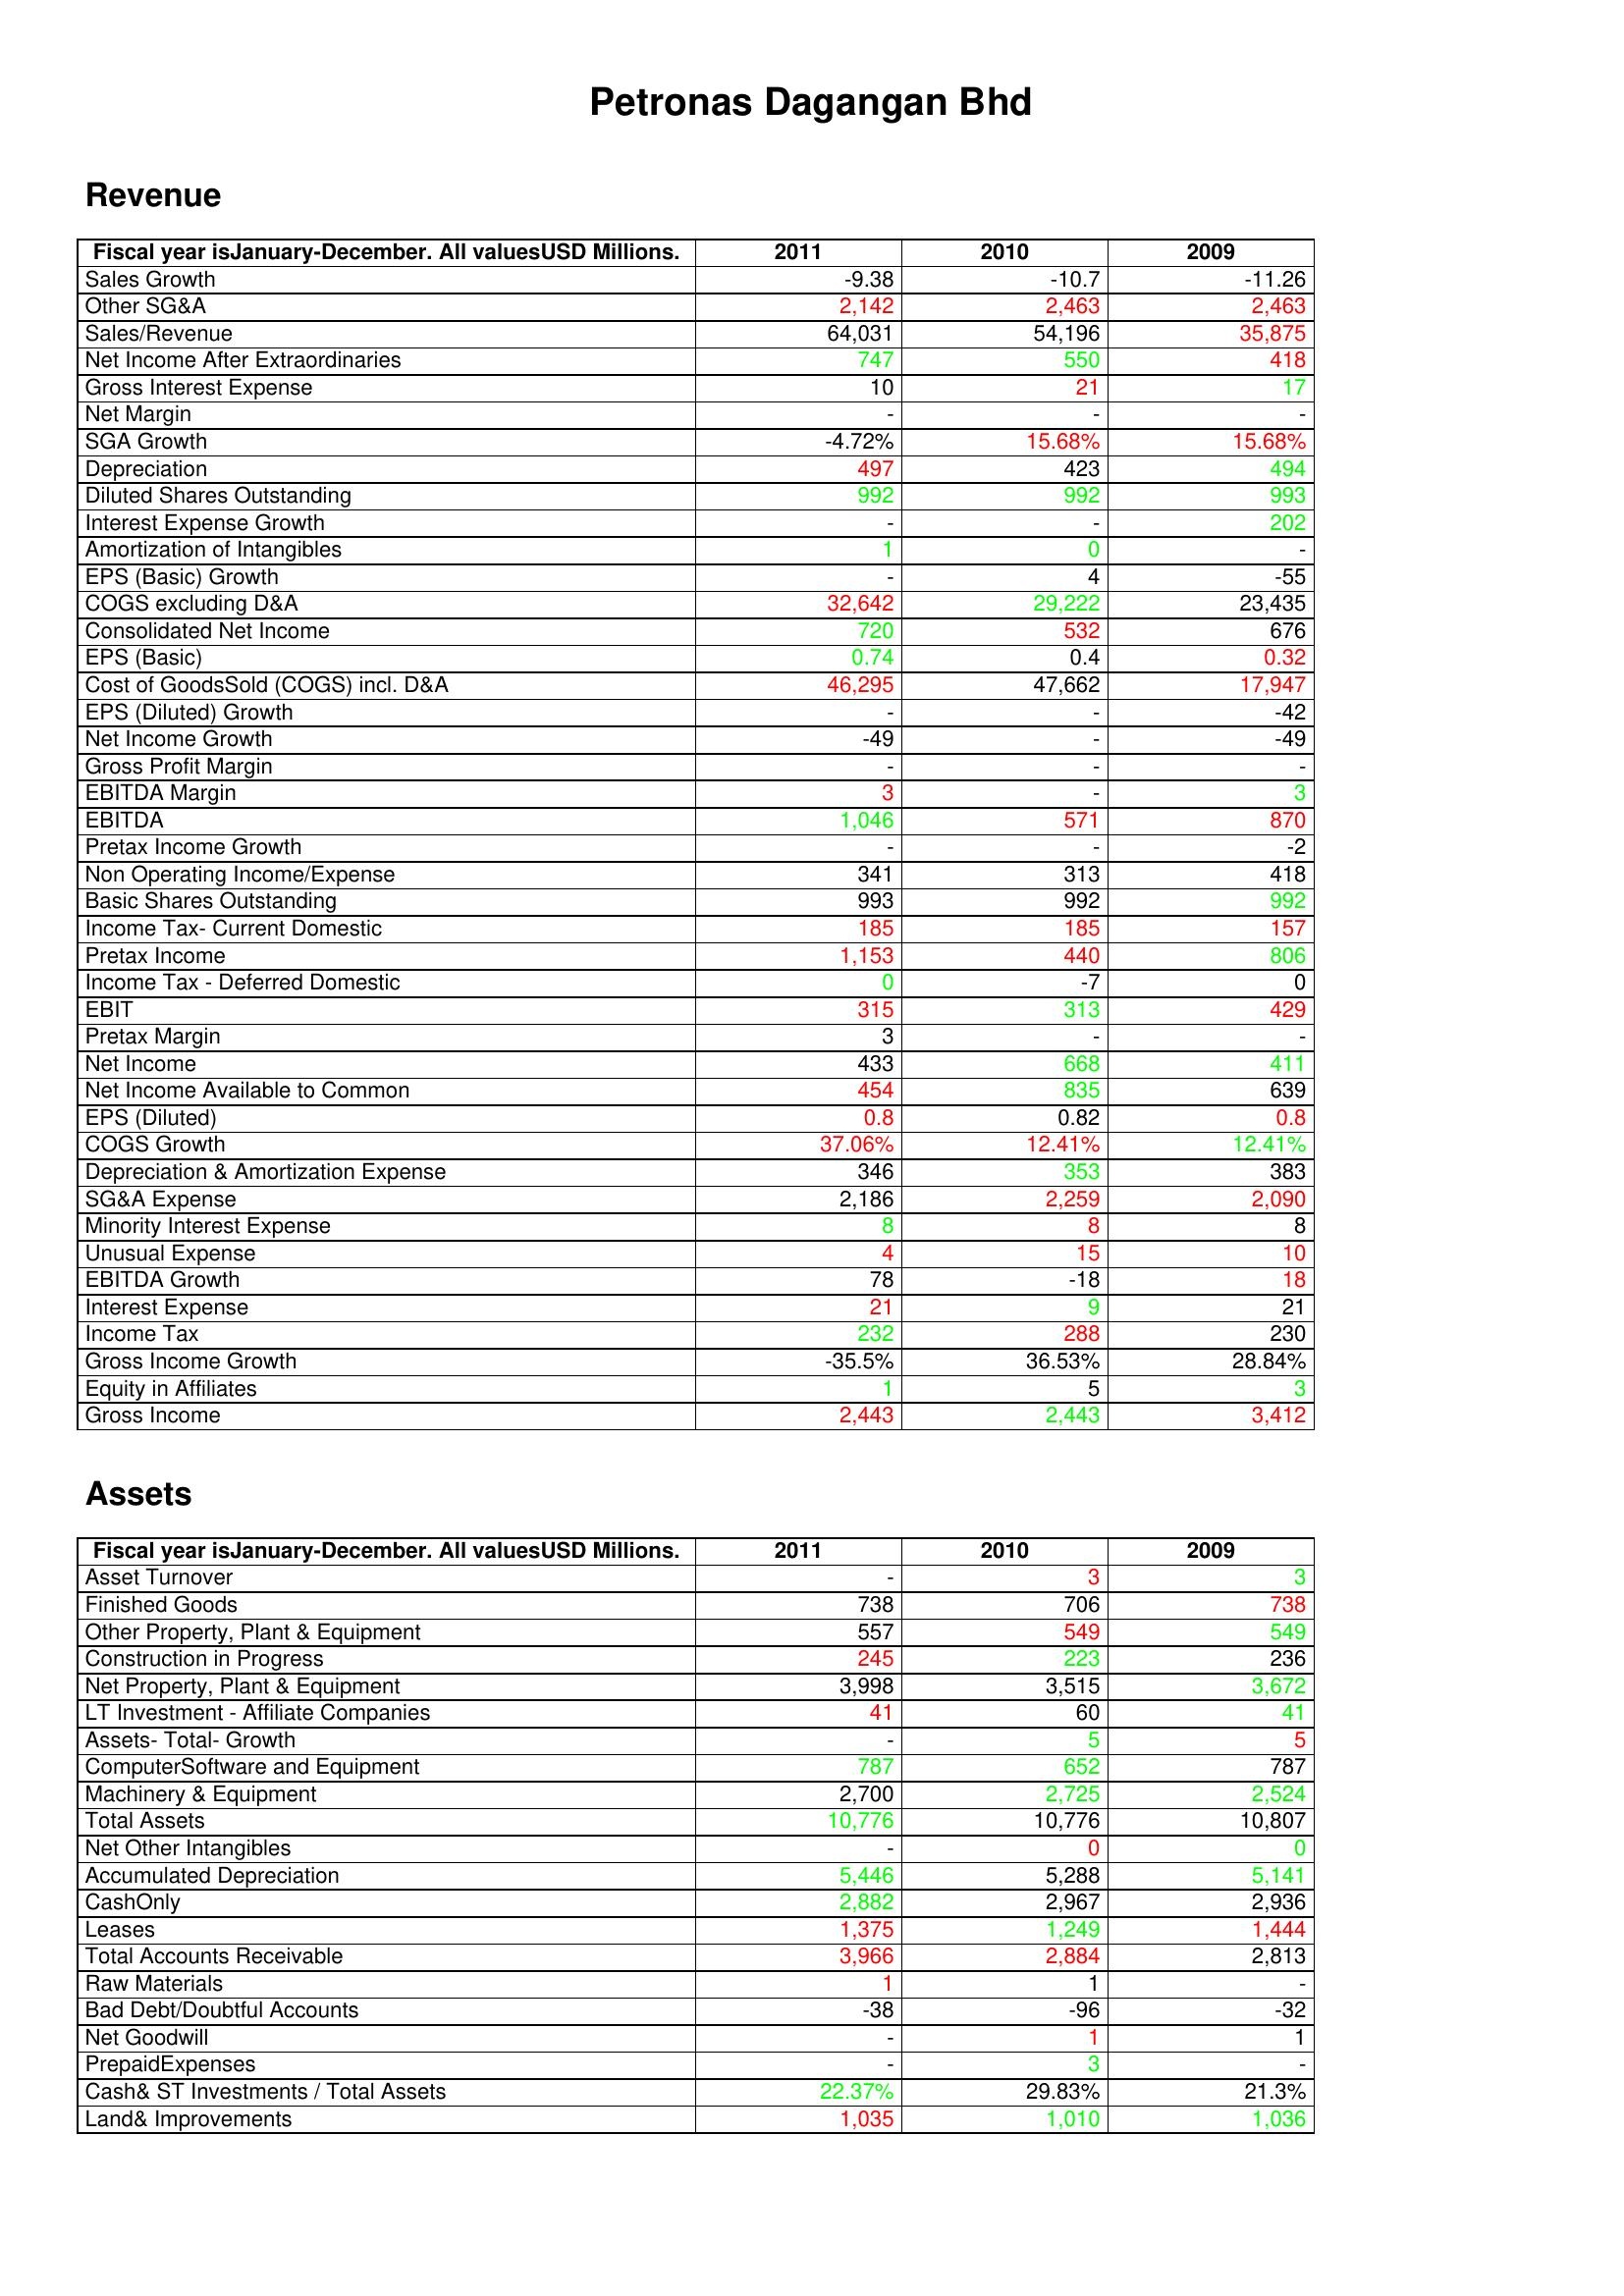
gt_parse: 2011: Revenue: Sales Growth: -9.38
Other SG&A: 2,142
Sales/Revenue: 64,031
Net Income After Extraordinaries: 747
Gross Interest Expense: 10
Net Margin: -
SGA Growth: -4.72%
Depreciation: 497
Diluted Shares Outstanding: 992
Interest Expense Growth: -
Amortization of Intangibles: 1
EPS (Basic) Growth: -
COGS excluding D&A: 32,642
Consolidated Net Income: 720
EPS (Basic): 0.74
Cost of GoodsSold (COGS) incl. D&A: 46,295
EPS (Diluted) Growth: -
Net Income Growth: -49
Gross Profit Margin: -
EBITDA Margin: 3
EBITDA: 1,046
Pretax Income Growth: -
Non Operating Income/Expense: 341
Basic Shares Outstanding: 993
Income Tax- Current Domestic: 185
Pretax Income: 1,153
Income Tax - Deferred Domestic: 0
EBIT: 315
Pretax Margin: 3
Net Income: 433
Net Income Available to Common: 454
EPS (Diluted): 0.8
COGS Growth: 37.06%
Depreciation & Amortization Expense: 346
SG&A Expense: 2,186
Minority Interest Expense: 8
Unusual Expense: 4
EBITDA Growth: 78
Interest Expense: 21
Income Tax: 232
Gross Income Growth: -35.5%
Equity in Affiliates: 1
Gross Income: 2,443
Assets: Asset Turnover: -
Finished Goods: 738
Other Property, Plant & Equipment: 557
Construction in Progress: 245
Net Property, Plant & Equipment: 3,998
LT Investment - Affiliate Companies: 41
Assets- Total- Growth: -
ComputerSoftware and Equipment: 787
Machinery & Equipment: 2,700
Total Assets: 10,776
Net Other Intangibles: -
Accumulated Depreciation: 5,446
CashOnly: 2,882
Leases: 1,375
Total Accounts Receivable: 3,966
Raw Materials: 1
Bad Debt/Doubtful Accounts: -38
Net Goodwill: -
PrepaidExpenses: -
Cash& ST Investments / Total Assets: 22.37%
Land& Improvements: 1,035
2010: Revenue: Sales Growth: -10.7
Other SG&A: 2,463
Sales/Revenue: 54,196
Net Income After Extraordinaries: 550
Gross Interest Expense: 21
Net Margin: -
SGA Growth: 15.68%
Depreciation: 423
Diluted Shares Outstanding: 992
Interest Expense Growth: -
Amortization of Intangibles: 0
EPS (Basic) Growth: 4
COGS excluding D&A: 29,222
Consolidated Net Income: 532
EPS (Basic): 0.4
Cost of GoodsSold (COGS) incl. D&A: 47,662
EPS (Diluted) Growth: -
Net Income Growth: -
Gross Profit Margin: -
EBITDA Margin: -
EBITDA: 571
Pretax Income Growth: -
Non Operating Income/Expense: 313
Basic Shares Outstanding: 992
Income Tax- Current Domestic: 185
Pretax Income: 440
Income Tax - Deferred Domestic: -7
EBIT: 313
Pretax Margin: -
Net Income: 668
Net Income Available to Common: 835
EPS (Diluted): 0.82
COGS Growth: 12.41%
Depreciation & Amortization Expense: 353
SG&A Expense: 2,259
Minority Interest Expense: 8
Unusual Expense: 15
EBITDA Growth: -18
Interest Expense: 9
Income Tax: 288
Gross Income Growth: 36.53%
Equity in Affiliates: 5
Gross Income: 2,443
Assets: Asset Turnover: 3
Finished Goods: 706
Other Property, Plant & Equipment: 549
Construction in Progress: 223
Net Property, Plant & Equipment: 3,515
LT Investment - Affiliate Companies: 60
Assets- Total- Growth: 5
ComputerSoftware and Equipment: 652
Machinery & Equipment: 2,725
Total Assets: 10,776
Net Other Intangibles: 0
Accumulated Depreciation: 5,288
CashOnly: 2,967
Leases: 1,249
Total Accounts Receivable: 2,884
Raw Materials: 1
Bad Debt/Doubtful Accounts: -96
Net Goodwill: 1
PrepaidExpenses: 3
Cash& ST Investments / Total Assets: 29.83%
Land& Improvements: 1,010
2009: Revenue: Sales Growth: -11.26
Other SG&A: 2,463
Sales/Revenue: 35,875
Net Income After Extraordinaries: 418
Gross Interest Expense: 17
Net Margin: -
SGA Growth: 15.68%
Depreciation: 494
Diluted Shares Outstanding: 993
Interest Expense Growth: 202
Amortization of Intangibles: -
EPS (Basic) Growth: -55
COGS excluding D&A: 23,435
Consolidated Net Income: 676
EPS (Basic): 0.32
Cost of GoodsSold (COGS) incl. D&A: 17,947
EPS (Diluted) Growth: -42
Net Income Growth: -49
Gross Profit Margin: -
EBITDA Margin: 3
EBITDA: 870
Pretax Income Growth: -2
Non Operating Income/Expense: 418
Basic Shares Outstanding: 992
Income Tax- Current Domestic: 157
Pretax Income: 806
Income Tax - Deferred Domestic: 0
EBIT: 429
Pretax Margin: -
Net Income: 411
Net Income Available to Common: 639
EPS (Diluted): 0.8
COGS Growth: 12.41%
Depreciation & Amortization Expense: 383
SG&A Expense: 2,090
Minority Interest Expense: 8
Unusual Expense: 10
EBITDA Growth: 18
Interest Expense: 21
Income Tax: 230
Gross Income Growth: 28.84%
Equity in Affiliates: 3
Gross Income: 3,412
Assets: Asset Turnover: 3
Finished Goods: 738
Other Property, Plant & Equipment: 549
Construction in Progress: 236
Net Property, Plant & Equipment: 3,672
LT Investment - Affiliate Companies: 41
Assets- Total- Growth: 5
ComputerSoftware and Equipment: 787
Machinery & Equipment: 2,524
Total Assets: 10,807
Net Other Intangibles: 0
Accumulated Depreciation: 5,141
CashOnly: 2,936
Leases: 1,444
Total Accounts Receivable: 2,813
Raw Materials: -
Bad Debt/Doubtful Accounts: -32
Net Goodwill: 1
PrepaidExpenses: -
Cash& ST Investments / Total Assets: 21.3%
Land& Improvements: 1,036